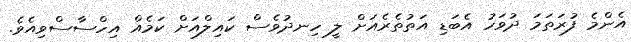
އެންމެ ފުރަތަމަ ދުވަހު އެބަޑި އަތުތެރެއަށް ލީ ހިނދުވެސް ކައިލްއަށް ކަމެއް އިހްސާސްވިއެވެ.